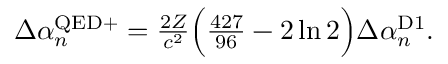
\begin{array} { r } { \Delta \alpha _ { n } ^ { \mathrm { Q E D + } } = \frac { 2 Z } { c ^ { 2 } } \Big ( \frac { 4 2 7 } { 9 6 } - 2 \ln 2 \Big ) \Delta \alpha _ { n } ^ { \mathrm { D 1 } } . } \end{array}